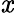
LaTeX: \mathit{x}